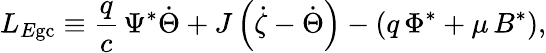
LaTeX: L_{E\mathrm{gc}}\equiv\frac{q}{c}\, \Psi^{*}\dot{\Theta}+J\left(\dot{\zeta}-\dot{\Theta}\right)-\left(q\, \Phi^{*}+\mu\, B^{*}\right),